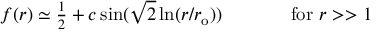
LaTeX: \begin{array} { c c } { { f ( r ) \simeq \textstyle { \frac { 1 } { 2 } } + c \sin ( \sqrt { 2 } \ln ( r / r _ { \mathrm { { o } } } ) ) ~ ~ ~ ~ } } & { { ~ ~ ~ ~ \mathrm { f o r } ~ r > > 1 } } \end{array}